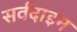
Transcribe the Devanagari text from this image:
सर्वदाइन